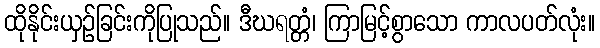
ထိုနိုင်းယှဉ်ခြင်းကိုပြုသည်။ ဒီဃရတ္တံ၊ ကြာမြင့်စွာသော ကာလပတ်လုံး။